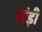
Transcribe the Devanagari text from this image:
खंड़ी